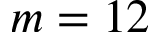
m = 1 2